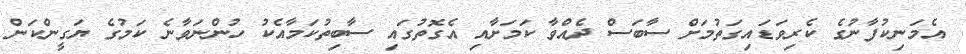
އެމަނިކުފާނުގެ ކެރިވަޑައިގަތުމަށް ސާބަސް ދެއްވާ ކަމަށާއި އެގޮތުގައި ސާބިތުކަމާއެކު ހުންނަވާނެ ކަަމުގެ ޔަގީންކަން